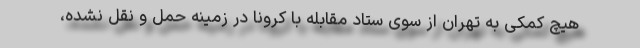
هیچ کمکی به تهران از سوی ستاد مقابله با کرونا در زمینه حمل و نقل نشده،